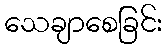
သေချာစေခြင်း